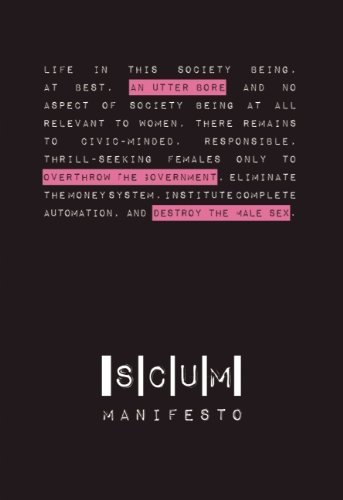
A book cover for SCUM Manifesto; Valerie Solanas; Politics & Social Sciences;